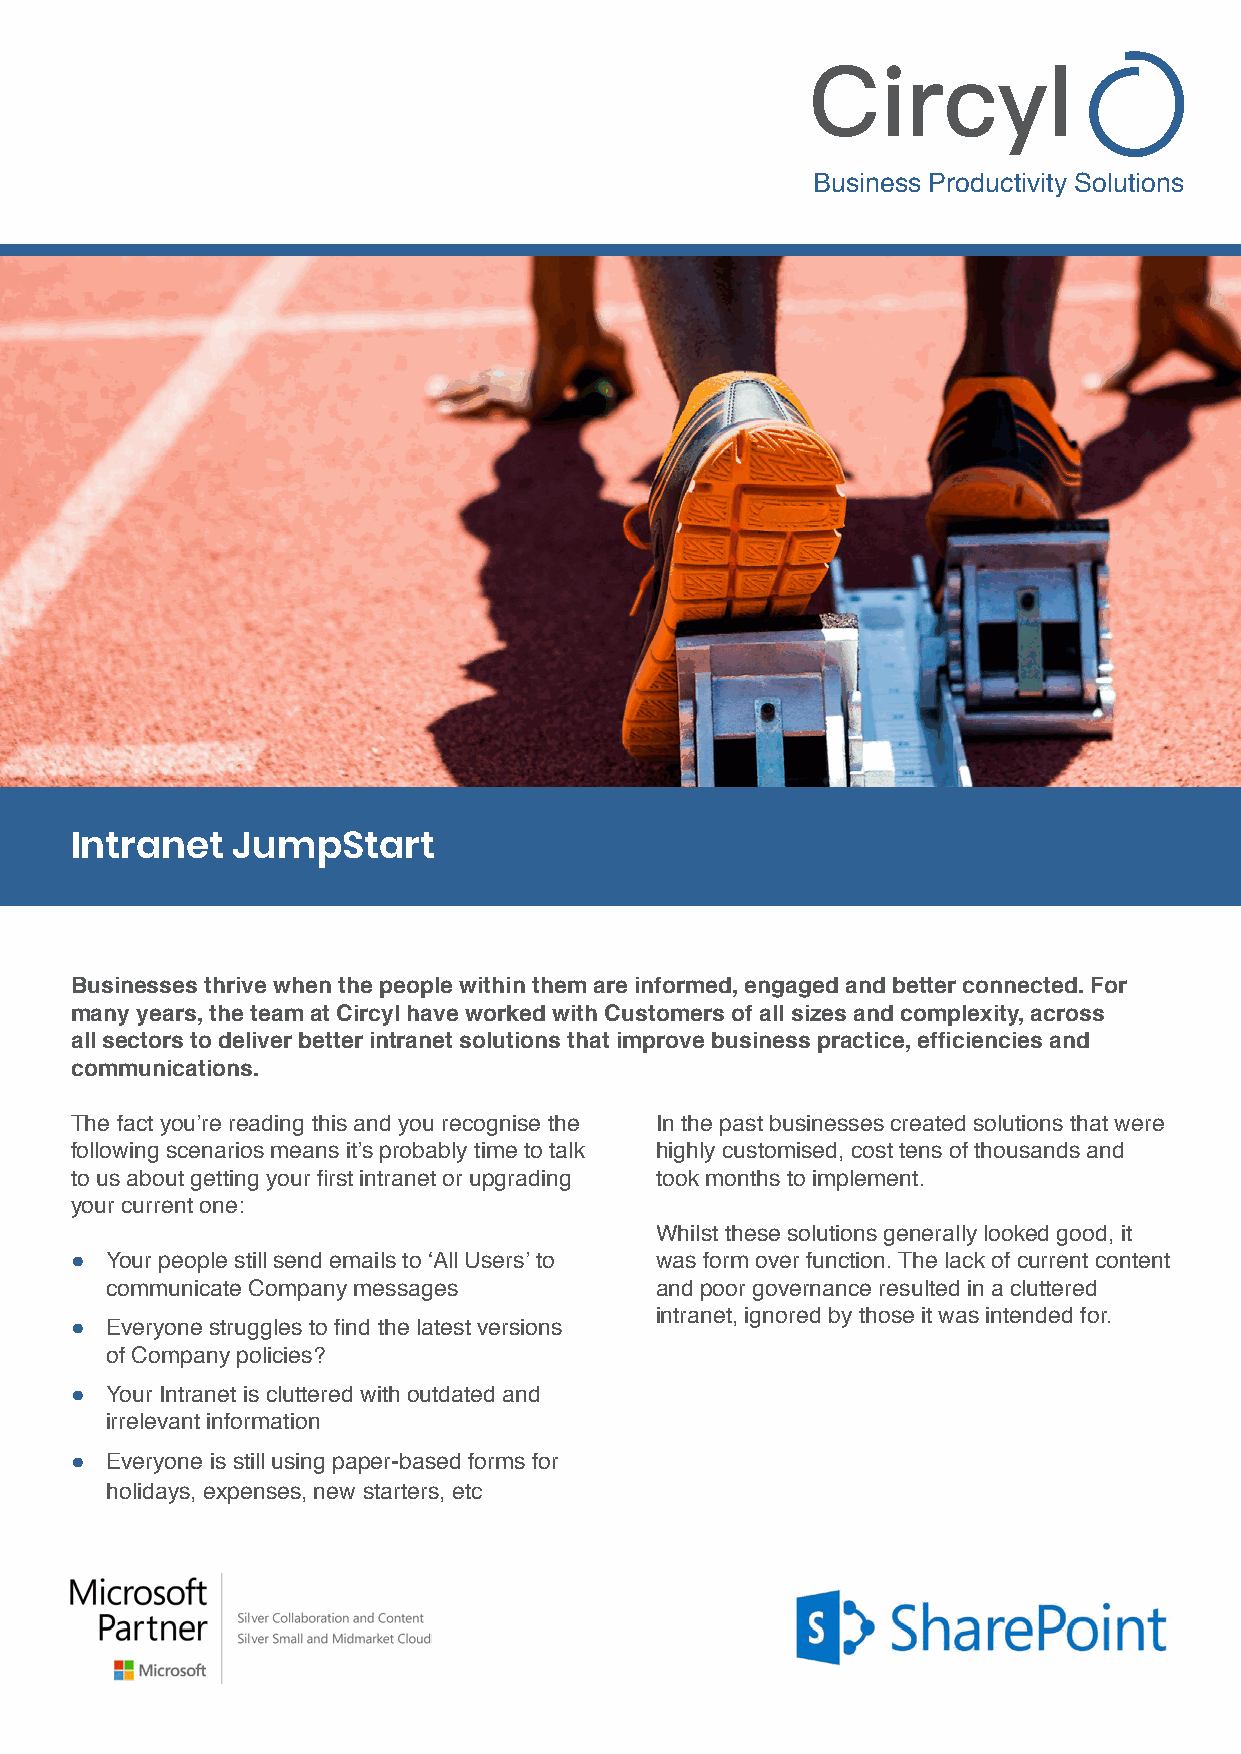
Business Productivity Solutions
 Intranet  JumpStart
 Businesses thrive when the people within them are informed, engaged and better connected. For
 many years, the team at Circyl have worked with Customers of all sizes and complexity, across
 all sectors to deliver better intranet solutions that improve business practice, efficiencies and
 communications.
 The fact you’re reading this and you recognise the In the past businesses created solutions that were
 following scenarios means it’s probably time to talk highly customised, cost tens of thousands and
 to us about getting your first intranet or upgrading took months to implement.
 your current one:
 Whilst these solutions generally looked good, it
 ● Your people still send emails to ‘All Users’ to was form over function. The lack of current content
 communicate Company messages        and poor governance resulted in a cluttered
 intranet, ignored by those it was intended for.
 ● Everyone struggles to find the latest versions
 of Company policies?
 ● Your Intranet is cluttered with outdated and
 irrelevant information
 ● Everyone is still using paper-based forms for
 holidays, expenses, new starters, etc